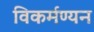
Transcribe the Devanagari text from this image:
विकर्मण्यन